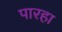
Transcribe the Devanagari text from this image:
पारहा